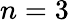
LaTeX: n=3